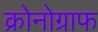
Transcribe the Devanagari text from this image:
क्रोनोग्राफ